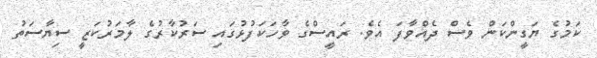
ކަމުގެ ޔަގީންކަން ވެސް ދެއްވާފަ އެވެ. ރައީސްގެ ވާހަކަފުޅުގައި ސަރުކާރުގެ ލާމަރުކަޒީ ސިޔާސަތު